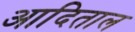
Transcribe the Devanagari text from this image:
आदिताल